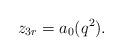
LaTeX: \begin{align*}z_{3r}=a_0(q^2).\end{align*}